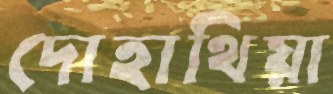
দোহাথিয়া